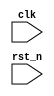
module test (
    input       clk     ,
    input       rst_n       //reset _n
    
);

//  50Mhz 20ns
//

    //1s    50_000_000
    parameter TIME_1S = 50_000_000;
    reg     [25:0]  cnt;//    50_000_000     26

    //
    always @(posedge clk or negedge rst_n)begin
        if(rst_n == 1'b0)begin

            cnt <= 26'd0;               //cnt

        end
        else if(cnt == TIME_1S - 1)begin

            cnt <= 26'd0;                //cnt0

        end
        else begin
            
            cnt <= cnt + 1'b1;           //+1

        end

    end


    //0.2s
    parameter TIME_200MS = 10_000_000;
    reg [23:0] cnt1;
    always @(posedge clk or negedge rst_n)begin
    
        if(rst_n == 1'b0)
            cnt1 <= 24'd0;
        else if(cnt1 == TIME_200MS)
            cnt1 <= 24'd0;
        else
            cnt1 <= cnt + 1'b1;

    end


    //2s
    parameter TIME_2S = 100_000_000;
    reg     [26:0]      cnt2;
    wire                add_cnt2;
    wire                end_cnt2;

    always @(posedge clk or negedge rst_n)begin
        
        if(!rst_n)begin
            cnt2 <= 27'b0;
        end
        else if(add_cnt2)begin          //
            if(end_cnt2)                //
                cnt2 <= 27'b0;
            else
                cnt2 = cnt2 + 1'b1;     //+1
        end
        else begin
            cnt2 <= 27'b0;
        end

    end

    assign add_cnt2 = 1'b1;             // 1 
    assign end_cnt2 = add_cnt2 && cnt2 == TIME_2S - 1;      // 

    
endmodule